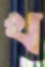
খ